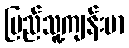
ပြည်သူ့ကျန်းမာ